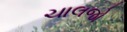
ચાલજો